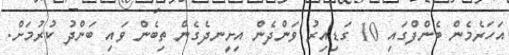
އަހަރެމެން ބެންފްގައި 10 ގަޑިއިރު ވަންދެން އިށީނދެގެން ތިބެން ވައި ބަންދު ކުރުމަށް.